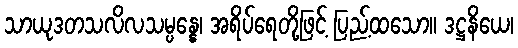
သာယုဒတသလိလသမ္ပန္နေ၊ အရိပ်ရေတို့ဖြင့် ပြည့်ထသော။ ဒဋ္ဌနိယေ၊